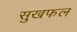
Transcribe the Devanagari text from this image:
सुखफल